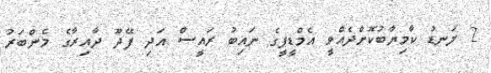
2 ލަނޑު ކާމިޔާބުކޮށްދެއްވީ އެމްޑީޕީގެ ނައިބު ރައީސް އަދި ފޭދޫ ދާއިރާގެ މެންބަރު